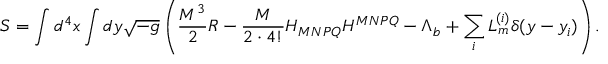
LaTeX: S = \int d ^ { 4 } x \int d y \sqrt { - g } \left( \frac { M ^ { 3 } } { 2 } R - \frac { M } { 2 \cdot 4 ! } H _ { M N P Q } H ^ { M N P Q } - \Lambda _ { b } + \sum _ { i } { \cal L } _ { m } ^ { ( i ) } \delta ( y - y _ { i } ) \right) .